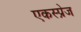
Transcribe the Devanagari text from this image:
एकस्प्रेज